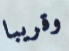
وقريبا